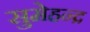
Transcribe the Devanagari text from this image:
सुमेहन्द्र